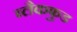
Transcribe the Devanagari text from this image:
ब्लैकफुड